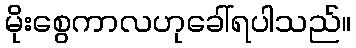
မိုးစွေကာလဟုခေါ်ရပါသည်။